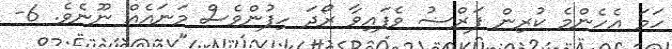
ހަމަ އެހެންމެ ކުރިން ފަރްޟު ވެފައިވާ ރޯދަ ހިފުންވެސް މަނައެއް ނޫނެވެ. 6-